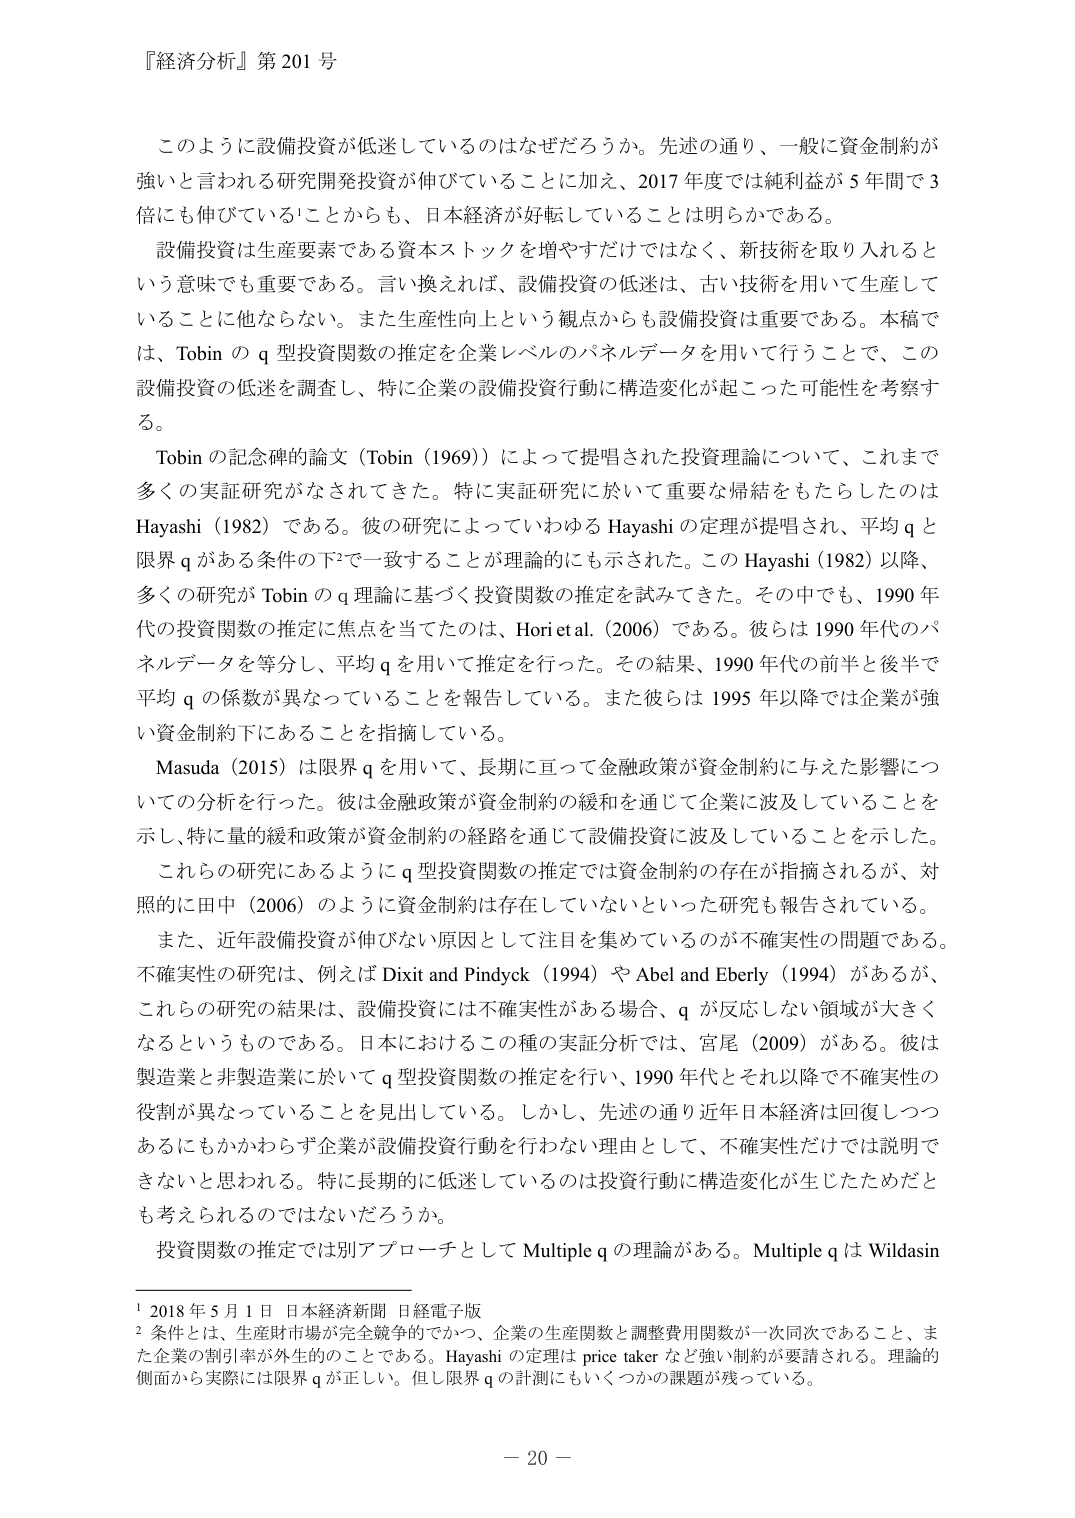
『経済分析』第 201 号

このように設備投資が低迷しているのはなぜだろうか。先述の通り、一般に資金制約が強いと言われる研究開発投資が伸びていることに加え、2017 年度では純利益が 5 年間で 3 倍にも伸びていることからも、日本経済が好転していることは明らかである。

設備投資は生産要素である資本ストックを増やすだけではなく、新技術を取り入れるという意味でも重要である。言い換えれば、設備投資の低迷は、古い技術を用いて生産していることに他ならない。また生産性向上という観点からも設備投資は重要である。本稿では、Tobin の q 型投資関数の推定を企業レベルのパネルデータを用いて行うことで、この設備投資の低迷を調査し、特に企業の設備投資行動に構造変化が起こった可能性を考察する。

Tobin の記念碑的論文（Tobin (1969)）によって提唱された投資理論について、これまで多くの実証研究がなされてきた。特に実証研究に於いて重要な帰結をもたらしたのは Hayashi (1982) である。彼の研究によっていわゆる Hayashi の定理が提唱され、平均 q と限界 q がある条件の下²で一致することが理論的にも示された。この Hayashi (1982) 以降、多くの研究が Tobin の q 理論に基づく投資関数の推定を試みてきた。その中でも、1990 年代の投資関数の推定に焦点を当てたのは、Hori et al. (2006) である。彼らは 1990 年代のパネルデータを等分し、平均 q を用いて推定を行った。その結果、1990 年代の前半と後半で平均 q の係数が異なっていることを報告している。また彼らは 1995 年以降では企業が強い資金制約下にあることを指摘している。

Masuda (2015) は限界 q を用いて、長期に亘って金融政策が資金制約に与えた影響についての分析を行った。彼は金融政策が資金制約の緩和を通じて企業に波及していることを示し、特に量的緩和政策が資金制約の経路を通じて設備投資に波及していることを示した。

これらの研究にあるように q 型投資関数の推定では資金制約の存在が指摘されるが、対照的に田中 (2006) のように資金制約は存在していないといった研究も報告されている。

また、近年設備投資が伸びない原因として注目を集めているのが不確実性の問題である。不確実性の研究は、例えば Dixit and Pindyck (1994) や Abel and Eberly (1994) があるが、これらの研究の結果は、設備投資には不確実性がある場合、q が反応しない領域が大きくなるというものである。日本におけるこの種の実証分析では、宮尾 (2009) がある。彼は製造業と非製造業に於いて q 型投資関数の推定を行い、1990 年代とそれ以降で不確実性の役割が異なっていることを見出している。しかし、先述の通り近年日本経済は回復しつつあるにもかかわらず企業が設備投資行動を行わない理由として、不確実性だけでは説明できないと思われる。特に長期的に低迷しているのは投資行動に構造変化が生じたためだと考えられるのではないだろうか。

投資関数の推定では別アプローチとして Multiple q の理論がある。Multiple q は Wildasin

¹ 2018 年 5 月 1 日 日本経済新聞 日経電子版
² 条件とは、生産財市場が完全競争的でかつ、企業の生産関数と調整費用関数が一次同次であること、また企業の割引率が外生的のことである。Hayashi の定理は price taker など強い制約が要請される。理論的側面から実際には限界 q が正しい。但し限界 q の計測にもいくつかの課題が残っている。

－ 20 －